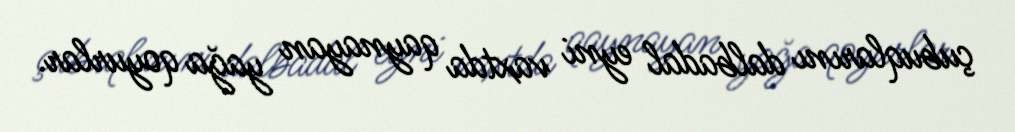
çubuqlarını dalbadal eyni vaxtda qaynayan yağa qoyurlar.